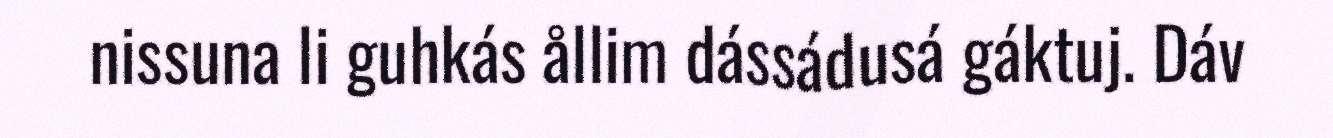
nissuna li guhkás ållim dássádusá gáktuj. Dáv